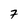
Character: 7